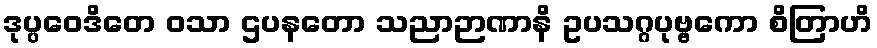
ဒုပ္ပဝေဒိတေ ဝသာ ဌပနတော သညာဉာဏာနိ ဥပသဂ္ဂပုဗ္ဗကော စိတြာဟိ